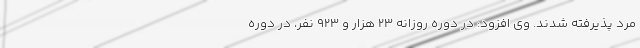
مرد پذیرفته شدند. وی افزود: در دوره روزانه ۲۳ هزار و ۹۲۳ نفر، در دوره